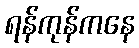
ရန်ကုန်ကနေ